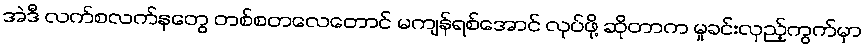
အဲဒီ လက်စလက်နတွေ တစ်စတလေတောင် မကျန်ရစ်အောင် လုပ်ဖို့ ဆိုတာက မှုခင်းလှည့်ကွက်မှာ